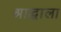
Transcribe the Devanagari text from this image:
श्राद्धाला